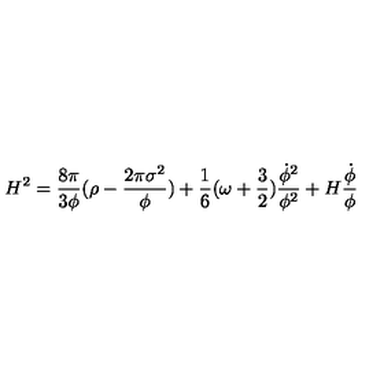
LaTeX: H ^ { 2 } = \frac { 8 { \pi } } { 3 { \phi } } ( { \rho } - \frac { 2 { \pi } { \sigma } ^ { 2 } } { \phi } ) + \frac { 1 } { 6 } ( { \omega } + \frac { 3 } { 2 } ) \frac { { \dot { \phi } } ^ { 2 } } { { \phi } ^ { 2 } } + H \frac { { \dot { \phi } } } { \phi }